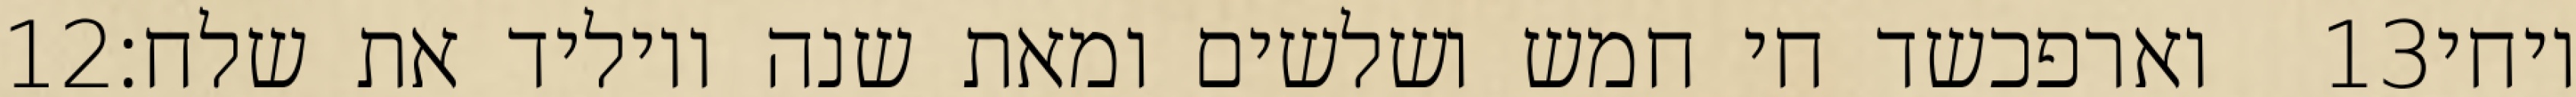
‎12‏ וארפכשד חי חמש ושלשים ומאת שנה ויוליד את שלח׃ ‎13‏ ויחי